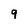
Character: 9